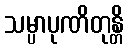
သမ္ပာပုဏိတုန္တိ